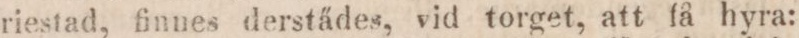
riestad, finnes derstädes, vid torget, att få hyra: